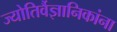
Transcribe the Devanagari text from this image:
ज्योतिर्वैज्ञानिकांना